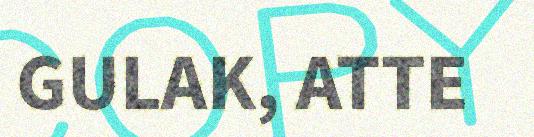
GULAK, ATTE